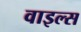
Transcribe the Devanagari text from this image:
वाइल्स